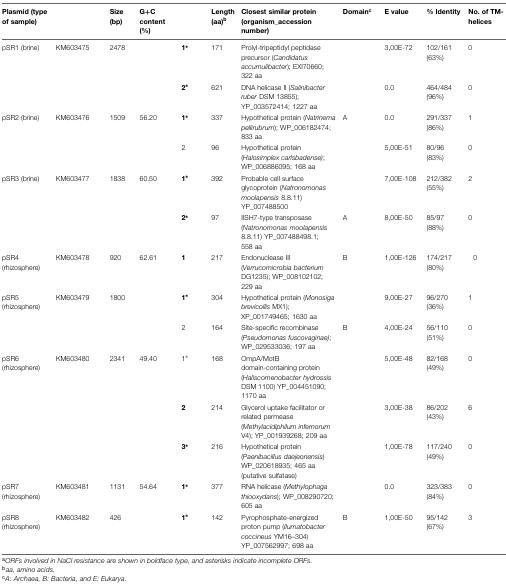
<table><thead><tr><td><b>Plasmid (type of sample)</b></td><td>[EMPTY_CELL]</td><td><b>Size (bp)</b></td><td><b>G+C content (%)</b></td><td>[EMPTY_CELL]</td><td><b>Length (aa)<sup>b</sup></b></td><td><b>Closest similar protein (organism_accession number)</b></td><td><b>Domain<sup>c</sup></b></td><td><b>E value</b></td><td><b>% Identity</b></td><td><b>No. of TM-helices</b></td></tr></thead><tbody><tr><td>pSR1 (brine)</td><td>KM603475</td><td>2478</td><td>[EMPTY_CELL]</td><td><b>1*</b></td><td>171</td><td>Prolyl-tripeptidyl peptidase precursor (<i>Candidatus accumulibacter</i>); EXI70660; 322 aa</td><td>[EMPTY_CELL]</td><td>3,00E-72</td><td>102/161 (63%)</td><td>0</td></tr><tr><td>[EMPTY_CELL]</td><td>[EMPTY_CELL]</td><td>[EMPTY_CELL]</td><td>[EMPTY_CELL]</td><td><b>2*</b></td><td>621</td><td>DNA helicase II (<i>Salinibacter ruber</i> DSM 13855); YP_003572414; 1227 aa</td><td>[EMPTY_CELL]</td><td>0.0</td><td>464/484 (96%)</td><td>0</td></tr><tr><td>pSR2 (brine)</td><td>KM603476</td><td>1509</td><td>56.20</td><td><b>1*</b></td><td>337</td><td>Hypothetical protein (<i>Natrinema pellirubrum</i>); WP_006182474; 833 aa</td><td>A</td><td>0.0</td><td>291/337 (86%)</td><td>1</td></tr><tr><td>[EMPTY_CELL]</td><td>[EMPTY_CELL]</td><td>[EMPTY_CELL]</td><td>[EMPTY_CELL]</td><td>2</td><td>96</td><td>Hypothetical protein (<i>Halosimplex carlsbadense)</i>; WP_006886095; 168 aa</td><td>[EMPTY_CELL]</td><td>5,00E-51</td><td>80/96 (83%)</td><td>0</td></tr><tr><td>pSR3 (brine)</td><td>KM603477</td><td>1838</td><td>60.50</td><td><b>1*</b></td><td>392</td><td>Probable cell surface glycoprotein (<i>Natronomonas moolapensis</i> 8.8.11) YP_007488500</td><td>[EMPTY_CELL]</td><td>7,00E-108</td><td>212/382 (55%)</td><td>2</td></tr><tr><td>[EMPTY_CELL]</td><td>[EMPTY_CELL]</td><td>[EMPTY_CELL]</td><td>[EMPTY_CELL]</td><td><b>2*</b></td><td>97</td><td>IISH7-type transposase (<i>Natronomonas moolapensis</i> 8.8.11) YP_007488498.1; 558 aa</td><td>A</td><td>8,00E-50</td><td>85/97 (88%)</td><td>0</td></tr><tr><td>pSR4 (rhizosphere)</td><td>KM603478</td><td>920</td><td>62.61</td><td><b>1</b></td><td>217</td><td>Endonuclease III (<i>Verrucomicrobia bacterium</i> DG1235); WP_008102102; 229 aa</td><td>B</td><td>1,00E-126</td><td>174/217 (80%)</td><td>0</td></tr><tr><td>pSR5 (rhizosphere)</td><td>KM603479</td><td>1800</td><td>[EMPTY_CELL]</td><td><b>1*</b></td><td>304</td><td>Hypothetical protein (<i>Monosiga brevicollis</i> MX1); XP_001749465; 1630 aa</td><td>[EMPTY_CELL]</td><td>9,00E-27</td><td>96/270 (36%)</td><td>1</td></tr><tr><td>[EMPTY_CELL]</td><td>[EMPTY_CELL]</td><td>[EMPTY_CELL]</td><td>[EMPTY_CELL]</td><td>2</td><td>164</td><td>Site-specific recombinase (<i>Pseudomonas fuscovaginae)</i>; WP_029533036; 197 aa</td><td>B</td><td>4,00E-24</td><td>56/110 (51%)</td><td>0</td></tr><tr><td>pSR6 (rhizosphere)</td><td>KM603480</td><td>2341</td><td>49.40</td><td>1*</td><td>168</td><td>OmpA/MotB domain-containing protein (<i>Haliscomenobacter hydrossis</i> DSM 1100) YP_004451090; 1170 aa</td><td>[EMPTY_CELL]</td><td>5,00E-48</td><td>82/168 (49%)</td><td>0</td></tr><tr><td>[EMPTY_CELL]</td><td>[EMPTY_CELL]</td><td>[EMPTY_CELL]</td><td>[EMPTY_CELL]</td><td><b>2</b></td><td>214</td><td>Glycerol uptake facilitator or related permease (<i>Methylacidiphilum infernorum</i> V4); YP_001939268; 209 aa</td><td>[EMPTY_CELL]</td><td>3,00E-38</td><td>86/202 (43%)</td><td>6</td></tr><tr><td>[EMPTY_CELL]</td><td>[EMPTY_CELL]</td><td>[EMPTY_CELL]</td><td>[EMPTY_CELL]</td><td><b>3*</b></td><td>216</td><td>Hypothetical protein (<i>Paenibacillus daejeonensis</i>) WP_020618935; 465 aa (putative sulfatase)</td><td>[EMPTY_CELL]</td><td>1,00E-78</td><td>117/240 (49%)</td><td>0</td></tr><tr><td>pSR7 (rhizosphere)</td><td>KM603481</td><td>1131</td><td>54.64</td><td><b>1*</b></td><td>377</td><td>RNA helicase (<i>Methylophaga thiooxydans</i>); WP_008290720; 605 aa</td><td>[EMPTY_CELL]</td><td>0.0</td><td>323/383 (84%)</td><td>0</td></tr><tr><td>pSR8 (rhizosphere)</td><td>KM603482</td><td>426</td><td>[EMPTY_CELL]</td><td><b>1*</b></td><td>142</td><td>Pyrophosphate-energized proton pump (<i>Ilumatobacter coccineus</i> YM16–304) YP_007562997; 698 aa</td><td>B</td><td>1,00E-50</td><td>95/142 (67%)</td><td>3</td></tr></tbody></table>